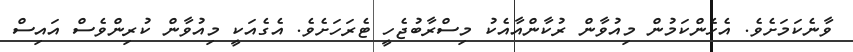
ވާނެކަމަށެވެ. އެހެންކަމުން މިއުވާން ރުކާންއާއެކު މިސްރާބުޖެހީ ޓެރަހަށެވެ. އެގެއަކީ މިއުވާން ކުރިންވެސް އައިސް